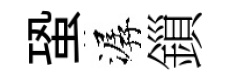
蛩潺鎻